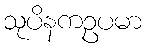
သုပိနကဥပမာ